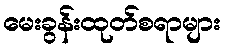
မေးခွန်းထုတ်စရာများ